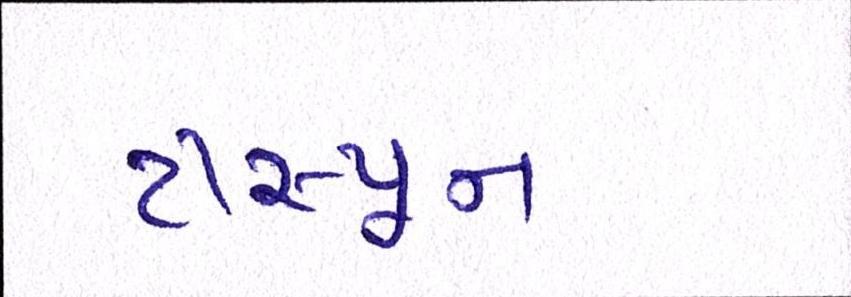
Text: ટીસ્પૂન